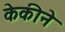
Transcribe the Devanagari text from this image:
केकीने